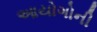
આયોગોની